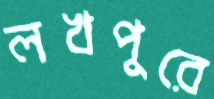
লখপুরে